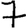
Digit: 7